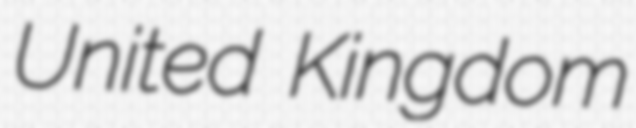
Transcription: United Kingdom